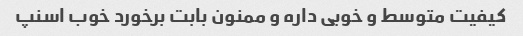
کیفیت متوسط و خوبی داره و ممنون بابت برخورد خوب اسنپ